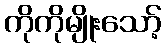
ကိုကိုမျိုးသော့်